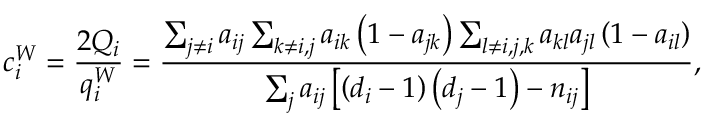
c _ { i } ^ { W } = \frac { 2 Q _ { i } } { q _ { i } ^ { W } } = \frac { \sum _ { j \neq i } a _ { i j } \sum _ { k \neq i , j } a _ { i k } \left( 1 - a _ { j k } \right) \sum _ { l \neq i , j , k } a _ { k l } a _ { j l } \left( 1 - a _ { i l } \right) } { \sum _ { j } a _ { i j } \left[ \left( d _ { i } - 1 \right) \left( d _ { j } - 1 \right) - n _ { i j } \right] } ,